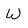
Character: W